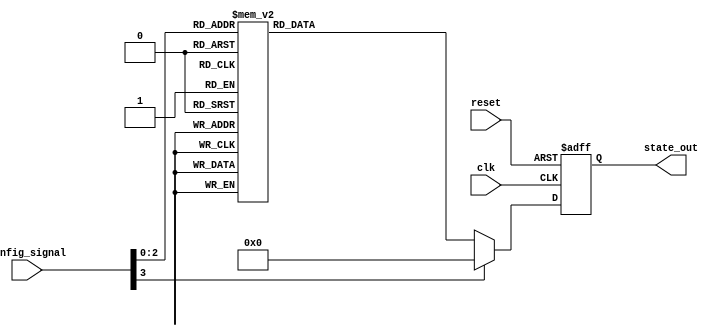
module ConfigurableInitialConditions #(
    parameter NUM_OUTPUTS = 8, // Number of state outputs
    parameter DEFAULT_STATE = 0  // Default state for reset
) (
    input wire [3:0] config_signal, // Config signal to select initial conditions
    input wire clk,                 // Clock signal
    input wire reset,               // Reset signal (active-high)
    output reg [NUM_OUTPUTS-1:0] state_out // State outputs
);

// Local parameter to define multiple initial conditions
localparam [NUM_OUTPUTS-1:0] INIT_COND_0 = 8'b00000001; // Condition for config_signal = 0
localparam [NUM_OUTPUTS-1:0] INIT_COND_1 = 8'b00000010; // Condition for config_signal = 1
localparam [NUM_OUTPUTS-1:0] INIT_COND_2 = 8'b00000100; // Condition for config_signal = 2
localparam [NUM_OUTPUTS-1:0] INIT_COND_3 = 8'b00001000; // Condition for config_signal = 3
localparam [NUM_OUTPUTS-1:0] INIT_COND_4 = 8'b00010000; // Condition for config_signal = 4
localparam [NUM_OUTPUTS-1:0] INIT_COND_5 = 8'b00100000; // Condition for config_signal = 5
localparam [NUM_OUTPUTS-1:0] INIT_COND_6 = 8'b01000000; // Condition for config_signal = 6
localparam [NUM_OUTPUTS-1:0] INIT_COND_7 = 8'b10000000; // Condition for config_signal = 7

always @(posedge clk or posedge reset) begin
    if (reset) begin
        // Reset state to default
        state_out <= DEFAULT_STATE;
    end else begin
        // Apply initial conditions based on config_signal
        case (config_signal)
            4'b0000: state_out <= INIT_COND_0;
            4'b0001: state_out <= INIT_COND_1;
            4'b0010: state_out <= INIT_COND_2;
            4'b0011: state_out <= INIT_COND_3;
            4'b0100: state_out <= INIT_COND_4;
            4'b0101: state_out <= INIT_COND_5;
            4'b0110: state_out <= INIT_COND_6;
            4'b0111: state_out <= INIT_COND_7;
            default: state_out <= DEFAULT_STATE; // Default handling
        endcase
    end
end

endmodule